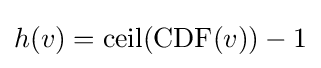
h(v)=\operatorname {ceil} (\operatorname {CDF} (v))-1